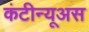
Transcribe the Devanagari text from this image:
कंटीन्यूअस